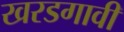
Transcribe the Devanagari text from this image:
खरडगावी